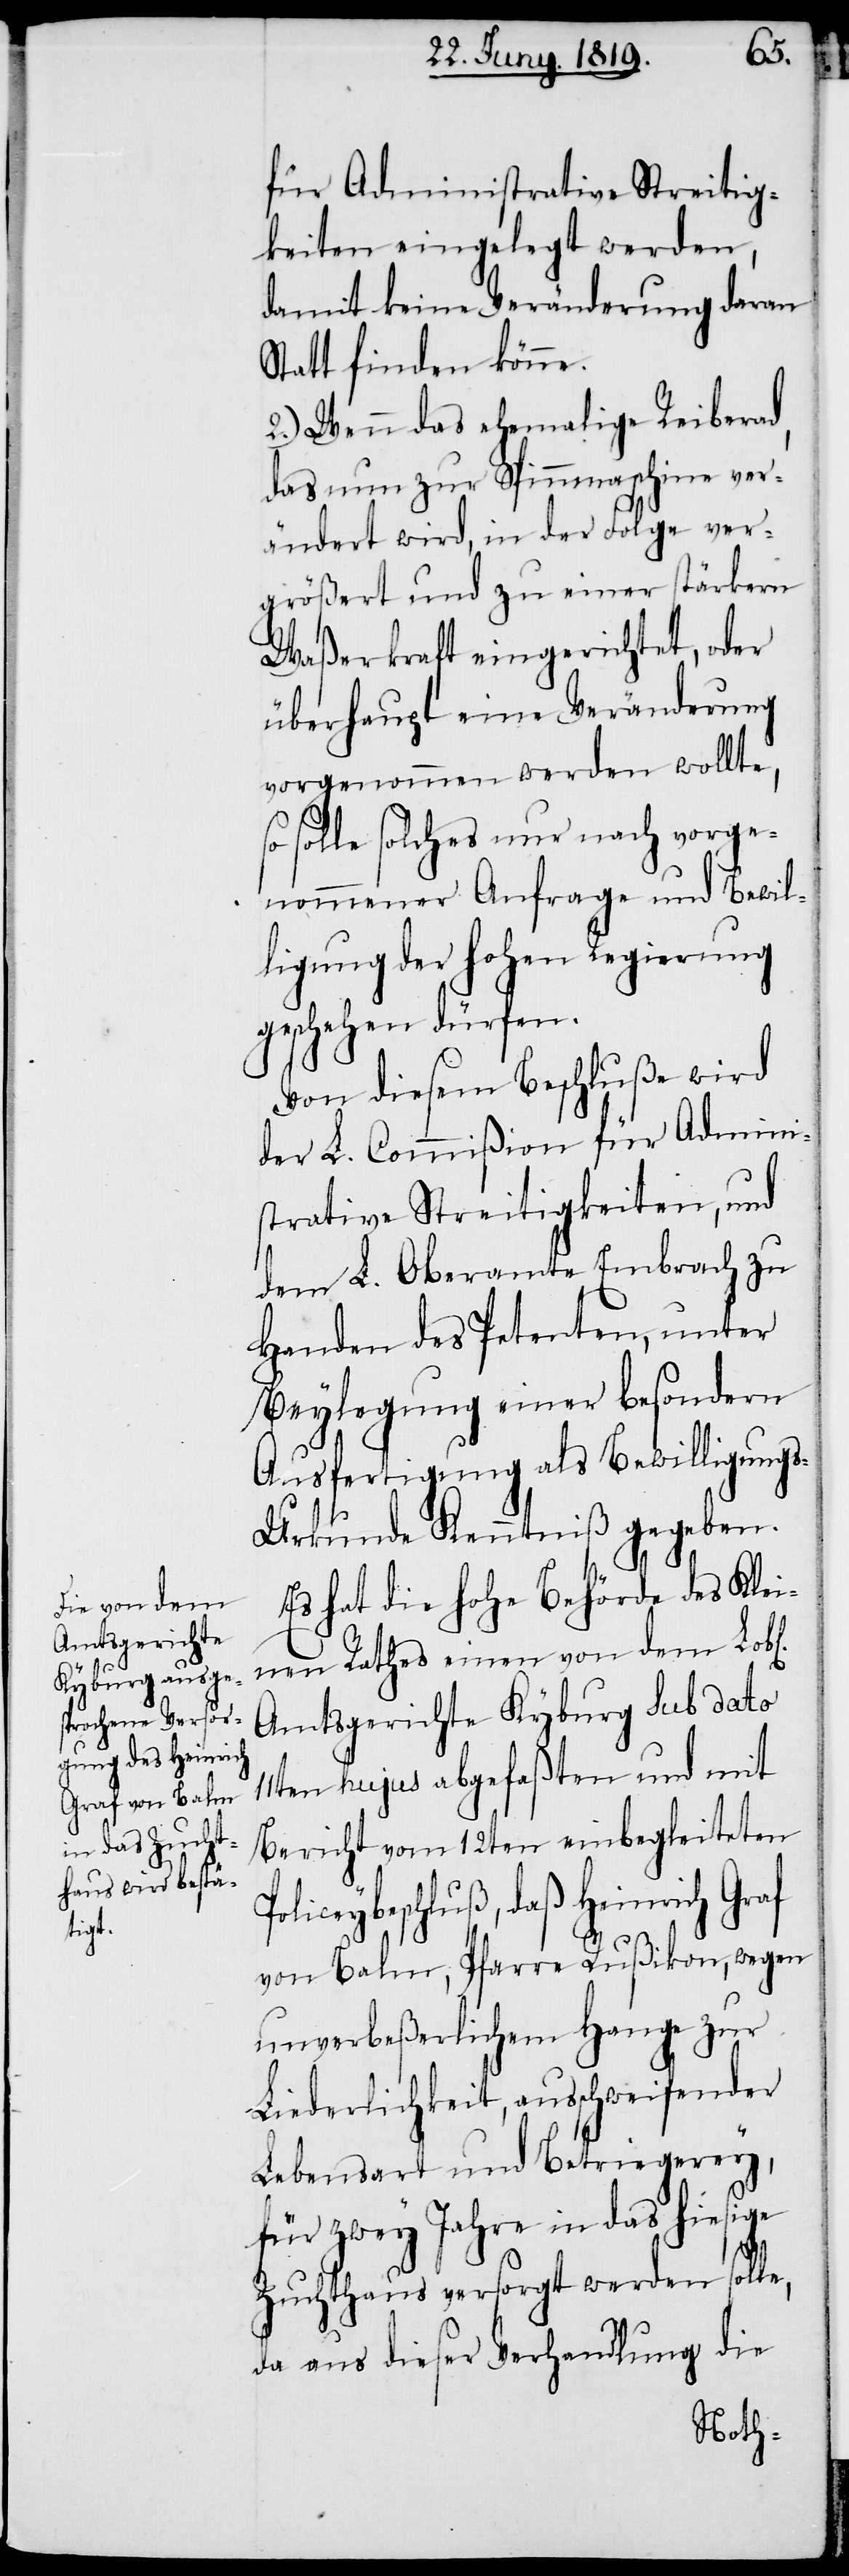
e,
für Administrative Streitig¬
keiten eingelegt werden,
damit keine Veränderung daran
Statt finden könne.
2.) Wenn das ehemalige Reiberad,
das nun zur Spinnmaschine ver¬
ändert wird, in der Folge ver¬
größert und zu einer stärkern
Waßerkraft eingerichtet, oder
überhaupt eine Veränderung
vorgenommen werden wollte,
solle solches nur nach vorge¬
nommener Anfrage und Bewil¬
ligung der hohen Regierung
geschehen dürfen.
Von diesem Beschluße wird
der L. Commißion für Admini¬
strative Streitigkeiten, und
dem L. Oberamte Embrach zu
Handen des Petenten, unter
Beylegung einer besondern
Ausfertigung als Bewilligung¬
s-Urkunde Kenntniß gegeben.
Es hat die hohe Behörde des Klei¬
nen Rathes einen von dem Lob¬
Amtsgerichte Kyburg d. d.
en hujus abgefaßten und mit
Bericht vom 12ten einbegleiteten
Policeybeschluß, daß Heinrich Graf
von Balm, Pfarre Rußikon, wegen
unverbeßerlichen Hange zur
Liederlichkeit, ausschweifender
Lebensart und Betriegerey,
für zwey Jahre in das hiesige
Zuchthaus versorgt werden soll¬
da aus dieser Verhandlung die